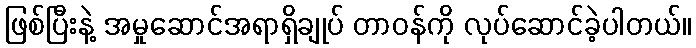
ဖြစ်ပြီးနဲ့ အမှုဆောင်အရာရှိချုပ် တာဝန်ကို လုပ်ဆောင်ခဲ့ပါတယ်။